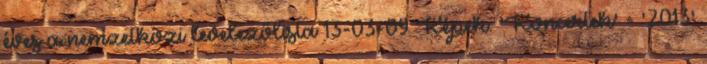
éves a nemzetközi levelezőlista 13-03-09 Képek: 'Koncertek' - '2013'